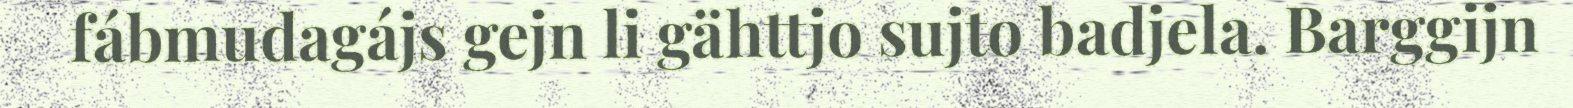
fábmudagájs gejn li gähttjo sujto badjela. Barggijn